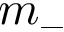
m _ { - }